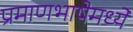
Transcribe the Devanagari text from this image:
प्रमाणभाषेमध्ये